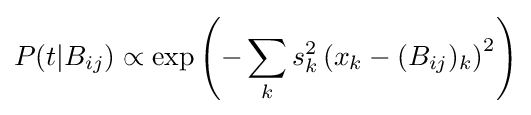
P(t|B_{ij})\propto \exp \left(-\sum _{k}s_{k}^{2}\left(x_{k}-(B_{ij})_{k}\right)^{2}\right)